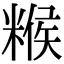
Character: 糇